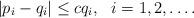
LaTeX: \begin{align*} |p_i-q_i|\le cq_i,\ \ i=1,2,\dots.\end{align*}